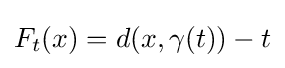
F_{t}(x)=d(x,\gamma (t))-t